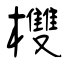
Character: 欆